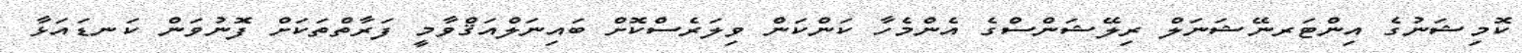
ކޮމިޝަނުގެ އިންޓަރނޭޝަނަލް ރިލޭޝަންސްގެ އެންމެހާ ކަންކަން ވިލަރެސްކޮށް ބައިނަލްއަޤްވާމީ ފަރާތްތަކަށް ފޮނުވަން ކަނޑައަޅާ